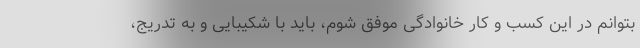
بتوانم در این کسب و کار خانوادگی موفق شوم، باید با شکیبایی و به تدریج،